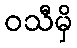
ဝသီမှိ